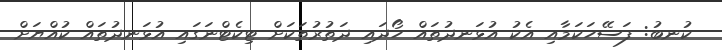
ކުނބު: ފަސޭހަކަމާއި އެކު އުޅަނދުތައް ހޯދައި ދަތުރުތަކަށް ޓިކެޓްނަގައި އުޅަނދުތައް ކުއްޔަށް